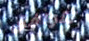
تتوافق